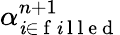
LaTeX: \alpha_{\mathit{i}\in\mathrm{{~f~\mathit{i}~l~l~e~d~}}}^{n+1}